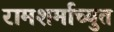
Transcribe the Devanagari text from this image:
रामशर्माच्युत